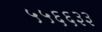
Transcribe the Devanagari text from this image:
५५६६३३